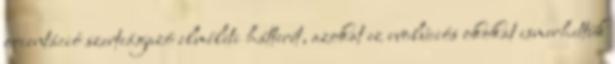
orientáció szerteágazó elméleti hátterét, azokat ez evolúciós okokat ismerhettük